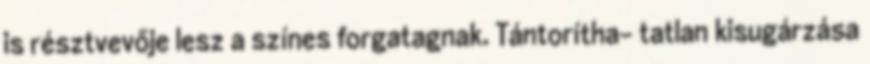
is résztvevője lesz a színes forgatagnak. Tántorítha- tatlan kisugárzása